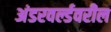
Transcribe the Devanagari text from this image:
अंडरवर्ल्डवरील